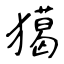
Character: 獦